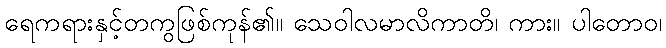
ရေကရားနှင့်တကွဖြစ်ကုန်၏။ သေဝါလမာလိကာတိ၊ ကား။ ပါတောဝ၊